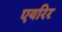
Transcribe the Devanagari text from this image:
एयरिर